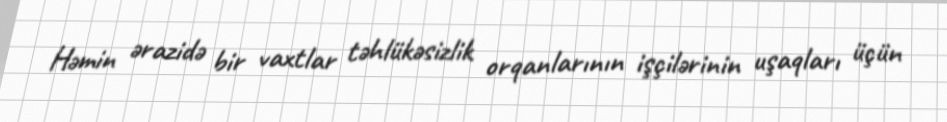
Həmin ərazidə bir vaxtlar təhlükəsizlik orqanlarının işçilərinin uşaqları üçün